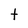
Character: t